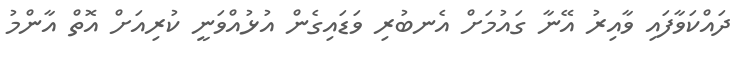
ދައްކަވާފައި ވާއިރު އޭނާ ގައުމަށް އެނބުރި ވަޑައިގެން އުޅުއްވަނީ ކުރިއަށް އޮތް އާންމު